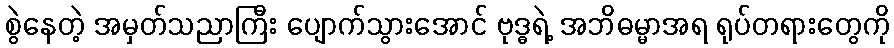
စွဲနေတဲ့ အမှတ်သညာကြီး ပျောက်သွားအောင် ဗုဒ္ဓရဲ့ အဘိဓမ္မာအရ ရုပ်တရားတွေကို